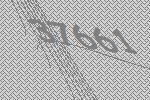
37661